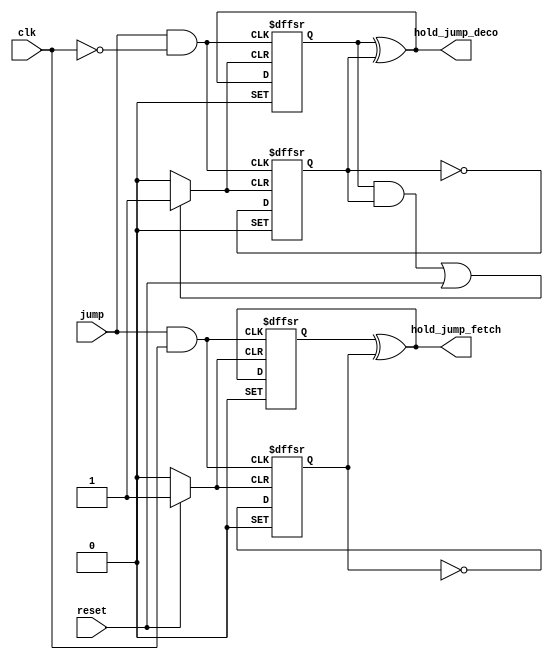
// Copyright (C) 2020  Intel Corporation. All rights reserved.
// Your use of Intel Corporation's design tools, logic functions 
// and other software and tools, and any partner logic 
// functions, and any output files from any of the foregoing 
// (including device programming or simulation files), and any 
// associated documentation or information are expressly subject 
// to the terms and conditions of the Intel Program License 
// Subscription Agreement, the Intel Quartus Prime License Agreement,
// the Intel FPGA IP License Agreement, or other applicable license
// agreement, including, without limitation, that your use is for
// the sole purpose of programming logic devices manufactured by
// Intel and sold by Intel or its authorized distributors.  Please
// refer to the applicable agreement for further details, at
// https://fpgasoftware.intel.com/eula.

// PROGRAM		"Quartus Prime"
// VERSION		"Version 20.1.1 Build 720 11/11/2020 SJ Lite Edition"
// CREATED		"Thu Jun 17 06:41:36 2021"

module uc_conditional_jump(
	jump,
	clk,
	reset,
	hold_jump_fetch,
	hold_jump_deco
);


input wire	jump;
input wire	clk;
input wire	reset;
output wire	hold_jump_fetch;
output wire	hold_jump_deco;

wire	SYNTHESIZED_WIRE_21;
reg	SYNTHESIZED_WIRE_22;
wire	SYNTHESIZED_WIRE_23;
wire	SYNTHESIZED_WIRE_2;
wire	SYNTHESIZED_WIRE_3;
reg	TFFE_inst12;
wire	SYNTHESIZED_WIRE_24;
wire	SYNTHESIZED_WIRE_25;
wire	SYNTHESIZED_WIRE_26;
wire	SYNTHESIZED_WIRE_8;
reg	SYNTHESIZED_WIRE_27;
wire	SYNTHESIZED_WIRE_11;
wire	SYNTHESIZED_WIRE_12;
wire	SYNTHESIZED_WIRE_13;
wire	SYNTHESIZED_WIRE_14;
reg	SYNTHESIZED_WIRE_28;
wire	SYNTHESIZED_WIRE_15;
wire	SYNTHESIZED_WIRE_29;
wire	SYNTHESIZED_WIRE_20;

assign	SYNTHESIZED_WIRE_2 = 1;
assign	SYNTHESIZED_WIRE_3 = 1;
assign	SYNTHESIZED_WIRE_25 = 1;
assign	SYNTHESIZED_WIRE_8 = 1;
assign	SYNTHESIZED_WIRE_11 = 1;
assign	SYNTHESIZED_WIRE_12 = 1;
assign	SYNTHESIZED_WIRE_29 = 1;
assign	SYNTHESIZED_WIRE_20 = 1;




always@(posedge SYNTHESIZED_WIRE_23 or negedge SYNTHESIZED_WIRE_21 or negedge SYNTHESIZED_WIRE_3)
begin
if (!SYNTHESIZED_WIRE_21)
	begin
	TFFE_inst12 <= 0;
	end
else
if (!SYNTHESIZED_WIRE_3)
	begin
	TFFE_inst12 <= 1;
	end
else
if (SYNTHESIZED_WIRE_2)
	begin
	TFFE_inst12 <= TFFE_inst12 ^ SYNTHESIZED_WIRE_22;
	end
end




assign	SYNTHESIZED_WIRE_21 =  ~reset;

assign	SYNTHESIZED_WIRE_23 = jump & clk;

assign	hold_jump_fetch = TFFE_inst12 ^ SYNTHESIZED_WIRE_22;


always@(posedge SYNTHESIZED_WIRE_26 or negedge SYNTHESIZED_WIRE_24 or negedge SYNTHESIZED_WIRE_8)
begin
if (!SYNTHESIZED_WIRE_24)
	begin
	SYNTHESIZED_WIRE_27 <= 0;
	end
else
if (!SYNTHESIZED_WIRE_8)
	begin
	SYNTHESIZED_WIRE_27 <= 1;
	end
else
if (SYNTHESIZED_WIRE_25)
	begin
	SYNTHESIZED_WIRE_27 <= SYNTHESIZED_WIRE_27 ^ SYNTHESIZED_WIRE_25;
	end
end


always@(posedge SYNTHESIZED_WIRE_26 or negedge SYNTHESIZED_WIRE_24 or negedge SYNTHESIZED_WIRE_12)
begin
if (!SYNTHESIZED_WIRE_24)
	begin
	SYNTHESIZED_WIRE_28 <= 0;
	end
else
if (!SYNTHESIZED_WIRE_12)
	begin
	SYNTHESIZED_WIRE_28 <= 1;
	end
else
if (SYNTHESIZED_WIRE_11)
	begin
	SYNTHESIZED_WIRE_28 <= SYNTHESIZED_WIRE_28 ^ SYNTHESIZED_WIRE_27;
	end
end





assign	SYNTHESIZED_WIRE_24 =  ~SYNTHESIZED_WIRE_13;

assign	SYNTHESIZED_WIRE_26 = jump & SYNTHESIZED_WIRE_14;

assign	hold_jump_deco = SYNTHESIZED_WIRE_28 ^ SYNTHESIZED_WIRE_27;

assign	SYNTHESIZED_WIRE_14 =  ~clk;

assign	SYNTHESIZED_WIRE_13 = SYNTHESIZED_WIRE_15 | reset;

assign	SYNTHESIZED_WIRE_15 = SYNTHESIZED_WIRE_28 & SYNTHESIZED_WIRE_27;



always@(posedge SYNTHESIZED_WIRE_23 or negedge SYNTHESIZED_WIRE_21 or negedge SYNTHESIZED_WIRE_20)
begin
if (!SYNTHESIZED_WIRE_21)
	begin
	SYNTHESIZED_WIRE_22 <= 0;
	end
else
if (!SYNTHESIZED_WIRE_20)
	begin
	SYNTHESIZED_WIRE_22 <= 1;
	end
else
if (SYNTHESIZED_WIRE_29)
	begin
	SYNTHESIZED_WIRE_22 <= SYNTHESIZED_WIRE_22 ^ SYNTHESIZED_WIRE_29;
	end
end


endmodule